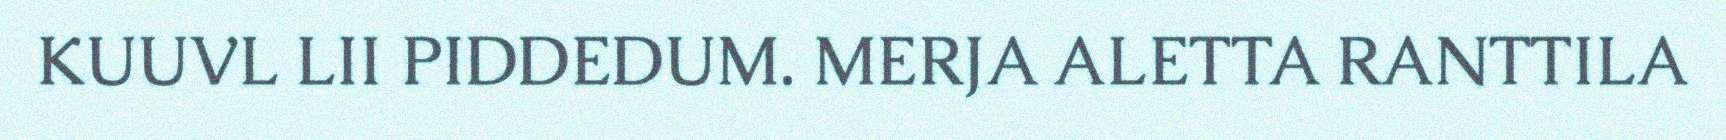
KUUVL LII PIDDEDUM. MERJA ALETTA RANTTILA